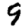
Digit: 9